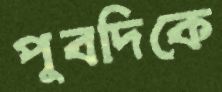
পুবদিকে